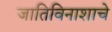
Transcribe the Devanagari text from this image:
जातिविनाशाचे